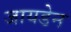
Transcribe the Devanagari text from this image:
जायडेन